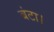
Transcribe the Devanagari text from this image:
बंटा।